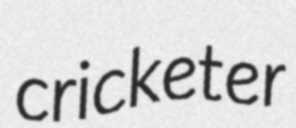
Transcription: cricketer